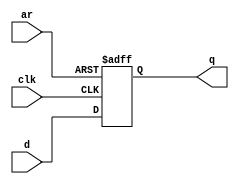
module top_module(
    input clk,
    input d,
    input ar, // asynchronous reset
    output q
);
    always @(posedge clk, posedge ar)begin
        if (ar==1)begin q<=0;end
        else begin q<=d;end
    end
endmodule